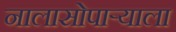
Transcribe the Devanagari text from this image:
नालासोपाऱ्याला